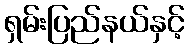
ရှမ်းပြည်နယ်နှင့်